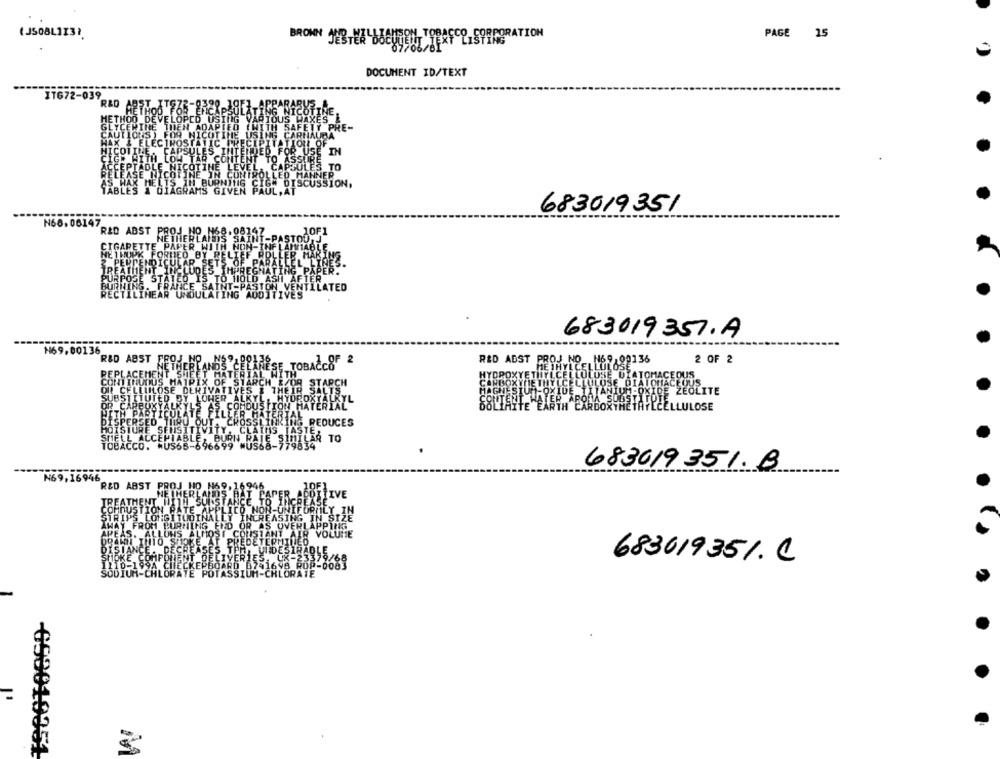
PAGE 15
BRONN JEB 4 BBETON, TORRFCO CORPORATION
DOCUMENT ID/TEXT
IT672-039
R&D
TEC
ON
683019351
N60, 06147
R&D ABST
683019357.A
₦69.00136
R&D ABST
TOBAŻEOF 2
R&D ADST
2 OF 2
CELULITE
LOHER
LLULOSE
REDUCES
LIA TO
683019351. B
N69,16946
R&D ABST
683619351. C
=
-690019351